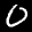
Label: 0